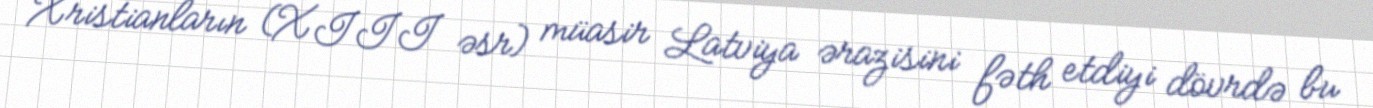
Xristianların (XIII əsr) müasir Latviya ərazisini fəth etdiyi dövrdə bu